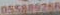
055889286